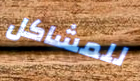
للمشاكل